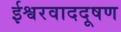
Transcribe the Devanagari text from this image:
ईश्वरवाददूषण